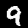
Digit: 9